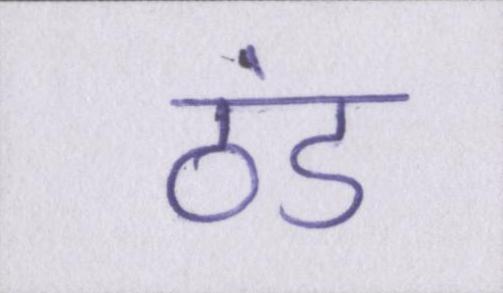
ठंड